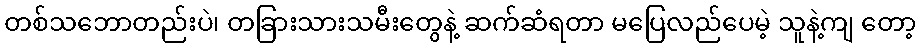
တစ်သဘောတည်းပဲ၊ တခြားသားသမီးတွေနဲ့ ဆက်ဆံရတာ မပြေလည်ပေမဲ့ သူနဲ့ကျ တော့